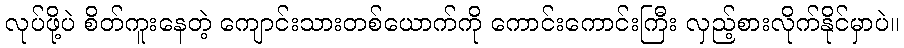
လုပ်ဖို့ပဲ စိတ်ကူးနေတဲ့ ကျောင်းသားတစ်ယောက်ကို ကောင်းကောင်းကြီး လှည့်စားလိုက်နိုင်မှာပဲ။